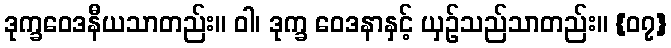
ဒုက္ခဝေဒနီယသာတည်း။ ဝါ၊ ဒုက္ခ ဝေဒနာနှင့် ယှဉ်သည်သာတည်း။ {၀၇}